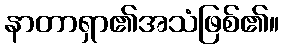
နာတာရှာ၏အသံဖြစ်၏။